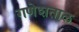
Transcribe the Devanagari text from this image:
गणेशताल